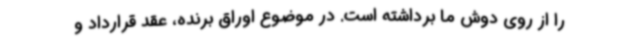
را از روی دوش ما برداشته است. در موضوع اوراق برنده، عقد قرارداد و